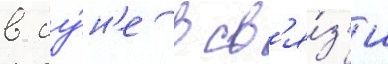
в иу́н'е в св'я́з'и